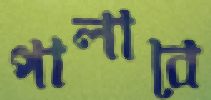
পালাবে